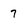
Character: 7